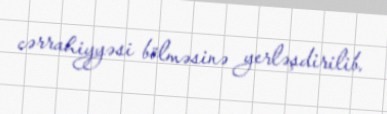
cərrahiyyəsi bölməsinə yerləşdirilib.